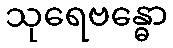
သုရေဗန္ဓော